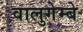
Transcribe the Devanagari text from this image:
वालुगेम्बे